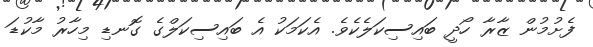
ފެށުމުން ޒާރާ ހޯދީ ބައިސިކަލެކެވެ. އެކަމަކު އެ ބައިސިކަލްގެ ގޮނޑި މިހާރު މާކުޑަ